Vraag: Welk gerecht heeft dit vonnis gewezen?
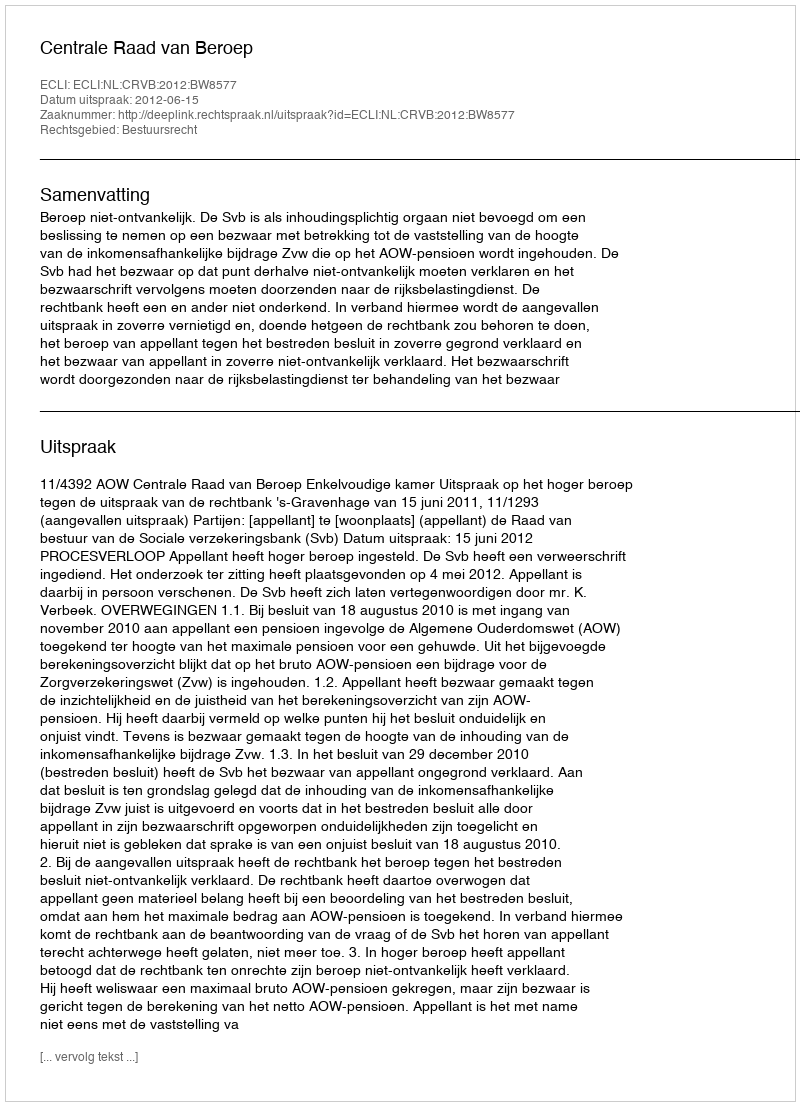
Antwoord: Centrale Raad van Beroep